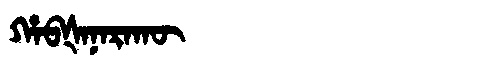
Manchu: ᡥᠠᠪᡧᠠᠨᠠᡵᠠᡴᡡ
Romanization: HABŠANARAKŪ